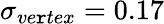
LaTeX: \sigma_{ve\mathtt{r}tex}=0.17